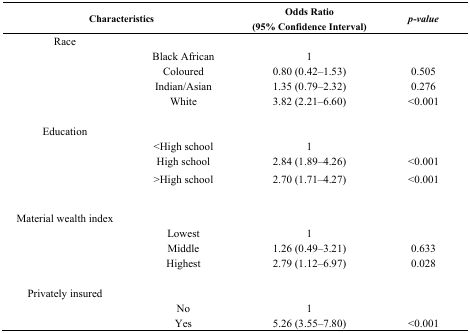
<table><thead><tr><td colspan="2"><b>Characteristics</b></td><td><b>Odds Ratio (95% Confidence Interval)</b></td><td><b><i>p-value</i></b></td></tr></thead><tbody><tr><td>Race </td><td></td><td></td><td></td></tr><tr><td></td><td>Black African</td><td>1</td><td></td></tr><tr><td></td><td>Coloured</td><td>0.80 (0.42–1.53)</td><td>0.505</td></tr><tr><td></td><td>Indian/Asian</td><td>1.35 (0.79–2.32)</td><td>0.276</td></tr><tr><td></td><td>White </td><td>3.82 (2.21–6.60)</td><td>&lt;0.001</td></tr><tr><td>Education </td><td></td><td></td><td></td></tr><tr><td></td><td>&lt;High school</td><td>1</td><td></td></tr><tr><td></td><td>High school</td><td>2.84 (1.89–4.26)</td><td>&lt;0.001</td></tr><tr><td></td><td>&gt;High school</td><td>2.70 (1.71–4.27)</td><td>&lt;0.001</td></tr><tr><td>Material wealth index</td><td></td><td></td><td></td></tr><tr><td></td><td>Lowest </td><td>1</td><td></td></tr><tr><td></td><td>Middle </td><td>1.26 (0.49–3.21)</td><td>0.633</td></tr><tr><td></td><td>Highest </td><td>2.79 (1.12–6.97)</td><td>0.028</td></tr><tr><td>Privately insured </td><td></td><td></td><td></td></tr><tr><td></td><td>No</td><td>1</td><td></td></tr><tr><td></td><td>Yes </td><td>5.26 (3.55–7.80)</td><td>&lt;0.001</td></tr></tbody></table>